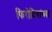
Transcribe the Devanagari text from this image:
फिरोदियांच्या